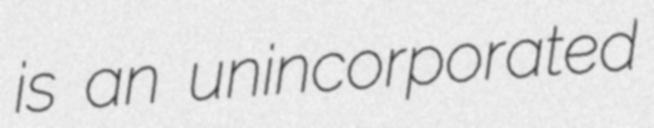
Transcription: is an unincorporated